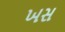
ખસ